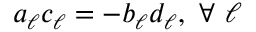
a _ { \ell } c _ { \ell } = - b _ { \ell } d _ { \ell } , ~ \forall ~ \ell